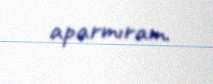
aparmıram.